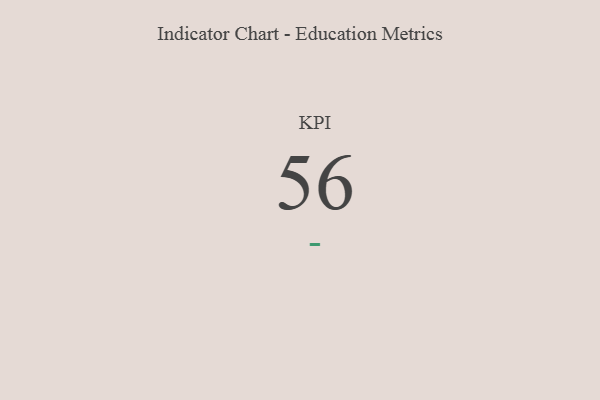
{"axis": {"x": "KPI", "y": "Value"}, "legend": [""], "data": [{"x": "KPI", "y": 56, "type": ""}]}